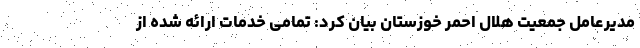
مدیرعامل جمعیت هلال احمر خوزستان بیان کرد: تمامی خدمات ارائه شده از